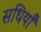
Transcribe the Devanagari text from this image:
सधियाँ